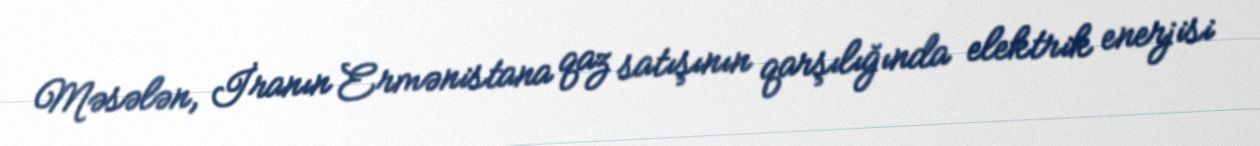
Məsələn, İranın Ermənistana qaz satışının qarşılığında elektrik enerjisi